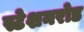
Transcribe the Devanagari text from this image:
स्टेशनरोड